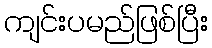
ကျင်းပမည်ဖြစ်ပြီး